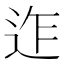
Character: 迮